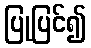
ပြုပြင်၍